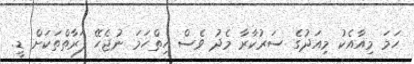
ހަމަ މިއާއެކު މިއަދުގެ ސަރުކާރާ މެދު ވެސް ހިތްހަމަ ނުޖެހޭ ފަރާތްތަކަށް ޑީ.